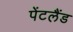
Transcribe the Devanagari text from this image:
पेंटलैंड